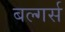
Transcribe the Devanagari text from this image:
बल्गर्स